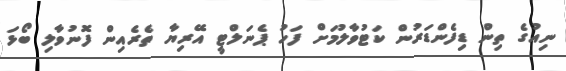
ނިއުގެ ތިން ޑިފެންޑަރުން ކަޓުވާލުމަށް ފަހު ޕެނަލްޓީ އޭރިޔާ ތެރެއިން ފޮނުވާލި ބޯޅަ